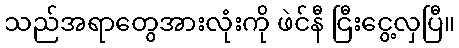
သည်အရာတွေအားလုံးကို ဖဲင်နီ ငြီးငွေ့လှပြီ။